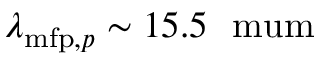
\lambda _ { \mathrm { m f p } , p } \sim 1 5 . 5 \ \mathrm { \ m u m }